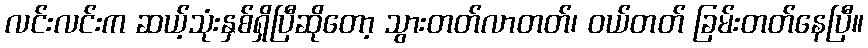
လင်းလင်းက ဆယ့်သုံးနှစ်ရှိပြီဆိုတော့ သွားတတ်လာတတ်၊ ဝယ်တတ် ခြမ်းတတ်နေပြီ။